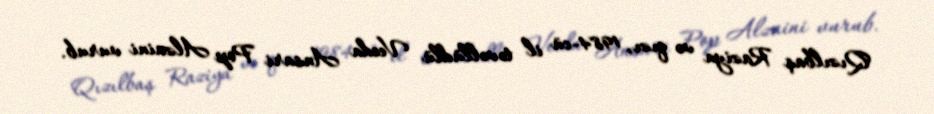
Qızılbaş Raziya və qızı, 1984-cü il təvəllüdlü Veeda Ansari Pop Alzaini vurub.